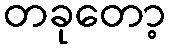
တခုတော့